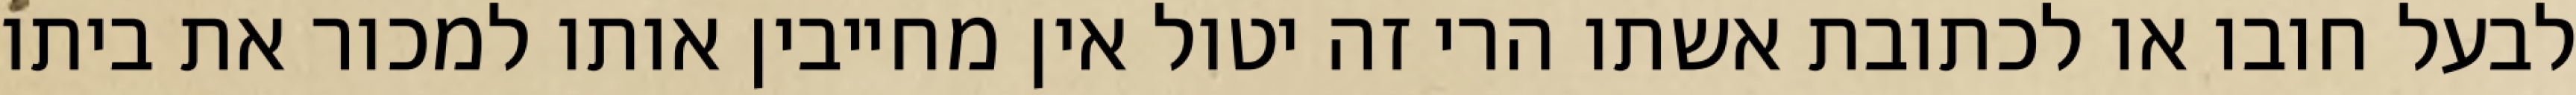
לבעל חובו או לכתובת אשתו הרי זה יטול אין מחייבין אותו למכור את ביתו